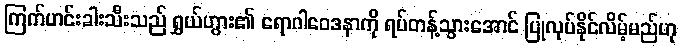
ကြက်ဟင်းခါးသီးသည် ရွှယ်ဟွား၏ ရောဂါဝေဒနာကို ရပ်တန့်သွားအောင် ပြုလုပ်နိုင်လိမ့်မည်ဟု